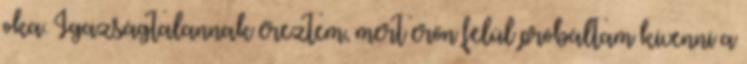
oka. Igazságtalannak éreztem, mert erőn felül próbáltam kivenni a